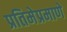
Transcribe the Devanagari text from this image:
प्रतिमेप्रमाणे